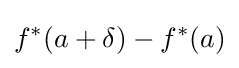
f^{*}(a+\delta )-f^{*}(a)